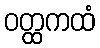
ဝတ္ထကထံ